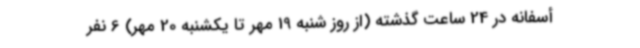
أسفانه در 24 ساعت گذشته (از روز شنبه 19 مهر تا یکشنبه 20 مهر) 6 نفر